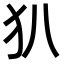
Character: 𤜞